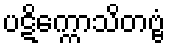
ပဋိက္ကောသိတဗ္ဗံ